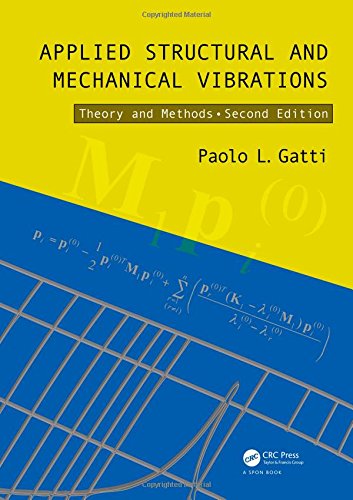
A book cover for Applied Structural and Mechanical Vibrations: Theory and Methods, Second Edition; Paolo L. Gatti; Engineering & Transportation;